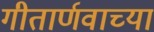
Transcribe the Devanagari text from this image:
गीतार्णवाच्या